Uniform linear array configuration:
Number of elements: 8
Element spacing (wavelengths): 0.75
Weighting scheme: hann
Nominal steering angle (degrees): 60
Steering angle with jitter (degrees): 58.265
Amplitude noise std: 0.05
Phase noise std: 0.05

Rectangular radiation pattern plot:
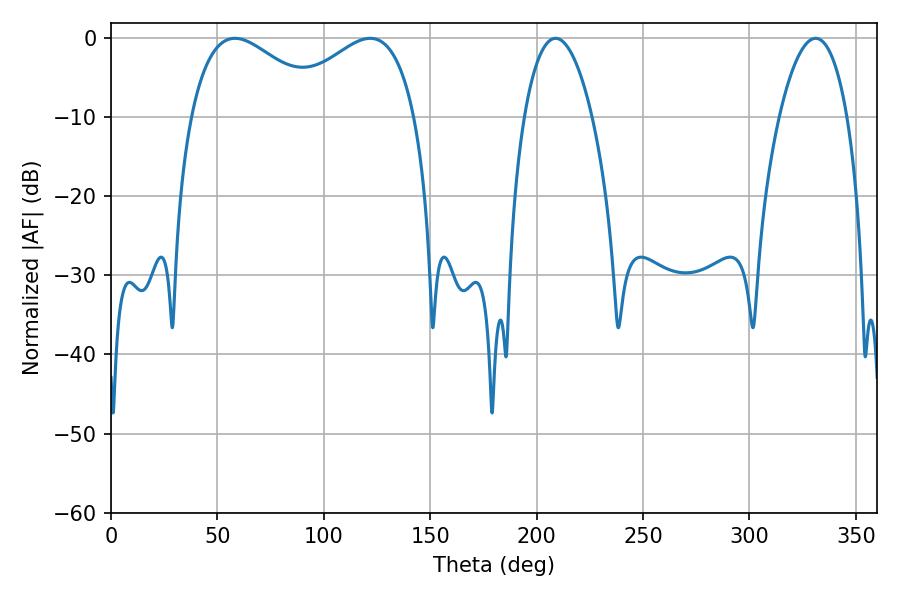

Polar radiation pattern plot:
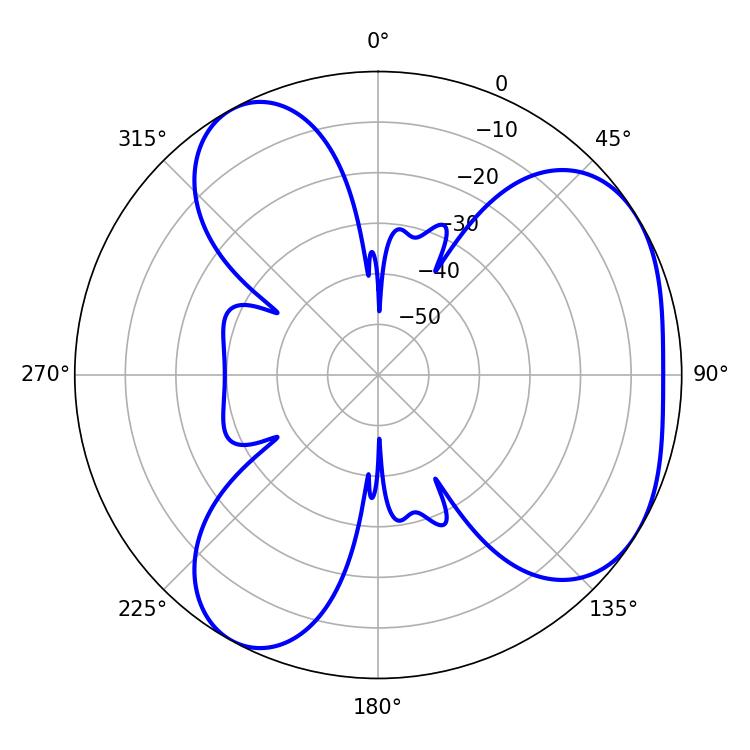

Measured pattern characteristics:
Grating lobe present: TRUE
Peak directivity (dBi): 4.448
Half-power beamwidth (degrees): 34.92
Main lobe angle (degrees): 58.14